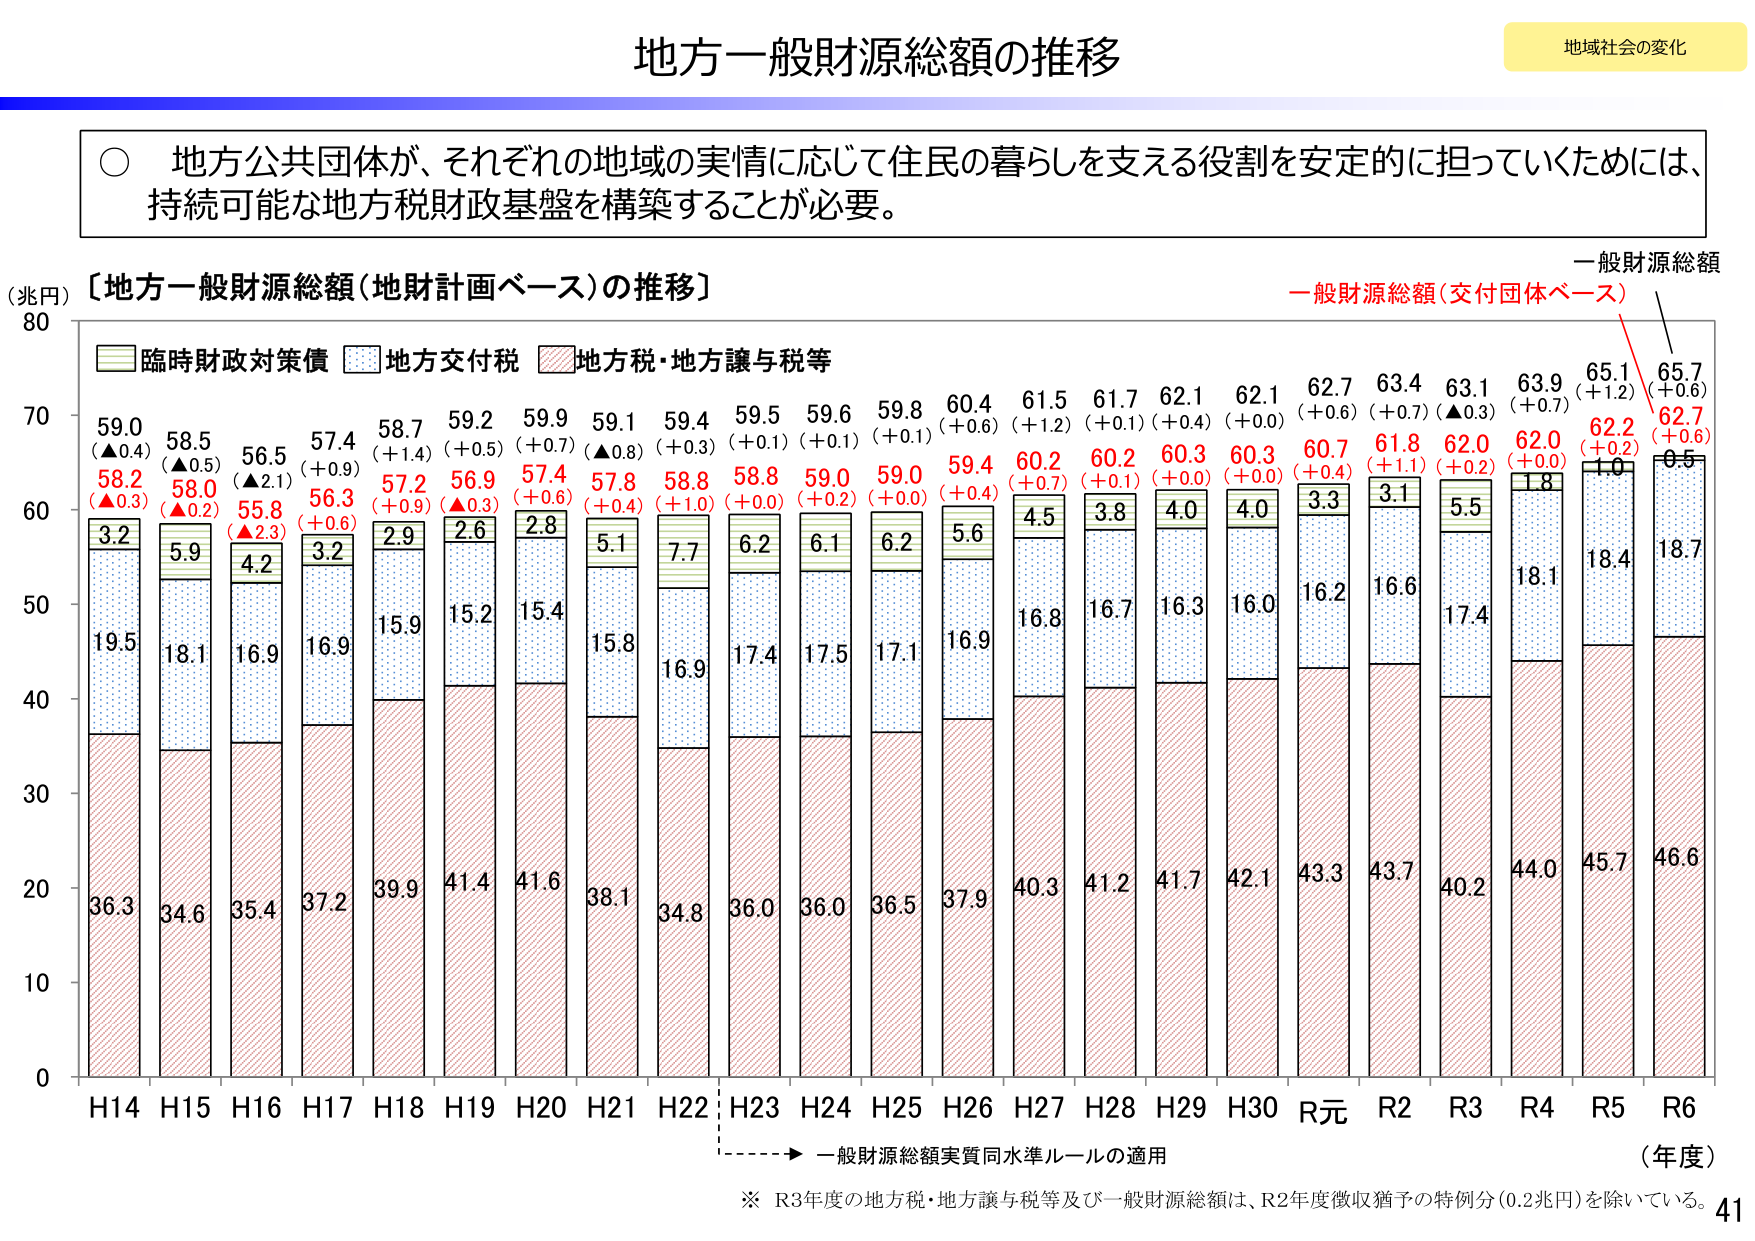
地方一般財源総額の推移

地域社会の変化

○ 地方公共団体が、それぞれの地域の実情に応じて住民の暮らしを支える役割を安定的に担っていくためには、
持続可能な地方税財政基盤を構築することが必要。

【地方一般財源総額（地財計画ベース）の推移】

（兆円）
80
70
60
50
40
30
20
10
0

H14 H15 H16 H17 H18 H19 H20 H21 H22 H23 H24 H25 H26 H27 H28 H29 H30 R元 R2 R3 R4 R5 R6
（年度）

■ 臨時財政対策債
■ 地方交付税
■ 地方税・地方譲与税等

59.0
（▲0.4）
58.2
（▲0.3）
3.2
19.5
36.3

58.5
（▲0.5）
58.0
（▲0.2）
5.9
18.1
34.6

56.5
（▲2.1）
55.8
（▲2.3）
4.2
16.9
35.4

57.4
（＋0.9）
56.3
（＋0.6）
3.2
16.9
37.2

58.7
（＋1.4）
57.2
（＋0.9）
2.9
15.9
39.9

59.2
（＋0.5）
56.9
（▲0.3）
2.6
15.2
41.4

59.9
（＋0.7）
57.4
（＋0.6）
2.8
15.4
41.6

59.1
（▲0.8）
57.8
（＋0.4）
5.1
15.8
38.1

59.4
（＋0.3）
58.8
（＋1.0）
7.7
16.9
34.8

59.5
（＋0.1）
58.8
（＋0.0）
6.2
17.4
36.0

59.6
（＋0.1）
59.0
（＋0.2）
6.1
17.5
36.0

59.8
（＋0.1）
59.0
（＋0.0）
6.2
17.1
36.5

60.4
（＋0.6）
59.4
（＋0.4）
5.6
16.9
37.9

61.5
（＋1.2）
60.2
（＋0.7）
4.5
16.8
40.3

61.7
（＋0.1）
60.2
（＋0.1）
3.8
16.7
41.2

62.1
（＋0.4）
60.3
（＋0.0）
4.0
16.3
41.7

62.1
（＋0.0）
60.3
（＋0.0）
4.0
16.0
42.1

62.7
（＋0.6）
60.7
（＋0.4）
3.3
16.2
43.3

63.4
（＋0.7）
61.8
（＋1.1）
3.1
16.6
43.7

63.1
（▲0.3）
62.0
（＋0.2）
5.5
17.4
40.2

63.9
（＋0.7）
62.0
（＋0.0）
1.8
18.1
44.0

65.1
（＋1.2）
62.2
（＋0.2）
1.0
18.4
45.7

65.7
（＋0.6）
62.7
（＋0.6）
0.5
18.7
46.6

一般財源総額（交付団体ベース）
一般財源総額

→ 一般財源総額実質同水準ルールの適用

※ R3年度の地方税・地方譲与税等及び一般財源総額は、R2年度徴収猶予の特例分（0.2兆円）を除いている。

41